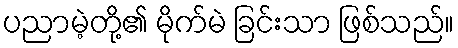
ပညာမဲ့တို့၏ မိုက်မဲ ခြင်းသာ ဖြစ်သည်။